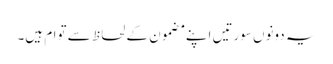
یہ دونوں سورتیں اپنے مضمون کے لحاظ سے توام ہیں۔